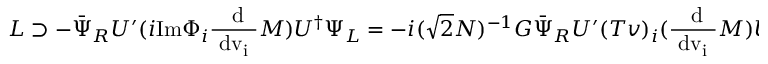
{ \cal L } \supset - \bar { \Psi } _ { R } U ^ { \prime } ( i \mathrm { I m } \Phi _ { i } \mathrm { \frac { ~ d } { ~ d v _ { i } ~ } } M ) U ^ { \dagger } \Psi _ { L } = - i ( \sqrt { 2 } N ) ^ { - 1 } G \bar { \Psi } _ { R } U ^ { \prime } ( T v ) _ { i } ( \mathrm { \frac { ~ d } { ~ d v _ { i } ~ } } M ) U ^ { \dagger } \Psi _ { L } \ ,